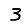
Digit: 3